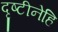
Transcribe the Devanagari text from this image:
दृष्टीनेहि